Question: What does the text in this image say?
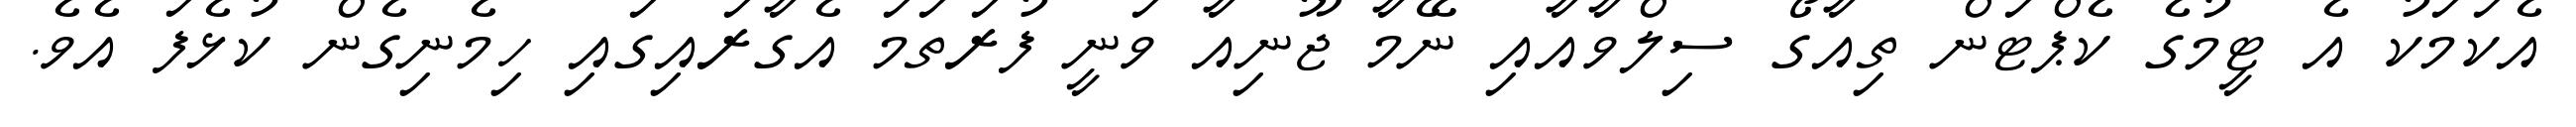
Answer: އެކަމަކު އެ ޓީމުގެ ކެޕްޓަން ތިއާގޯ ސިލްވާއާއި ނޭމާ ޖޫނިއާ ވަނީ ފުރަތަމަ އެގާރައިގައި ހިމެނިގެން ކުޅެފަ އެވެ.